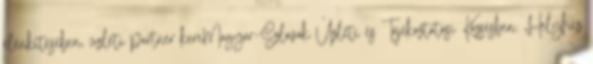
élénkítésében, üzleti partner kereMagyar–Szlovák Üzleti és Tájékoztatási Közsésben. Helyhez